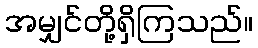
အမျှင်တို့ရှိကြသည်။